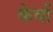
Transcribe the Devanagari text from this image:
केवों